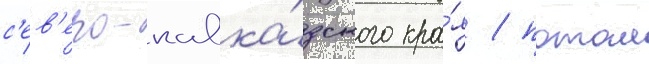
с'ев'еро-кавка́зского кра́я / потом